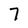
Character: 7